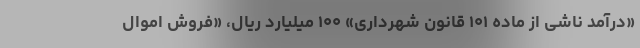
«درآمد ناشی از ماده ۱۰۱ قانون شهرداری» ۱۰۰ میلیارد ریال، «فروش اموال